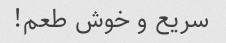
سریع و خوش طعم!